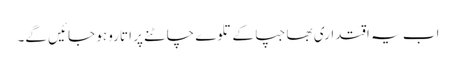
اب یہ اقتداری بھاجپا کے تلوے چاٹنے پر اتارو ہو جائیں گے۔